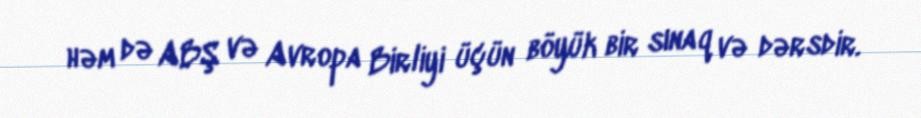
həm də ABŞ və Avropa Birliyi üçün böyük bir sınaq və dərsdir.